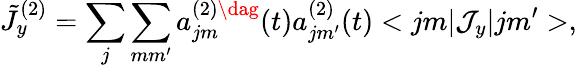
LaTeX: \tilde{J}_{y}^{(2)}=\sum_{j}\sum_{mm^{\prime}}a_{jm}^{(2)\dag}(t)a_{jm^{\prime}}^{(2)}(t)<jm|{\cal J}_{y}|jm^{\prime}>,